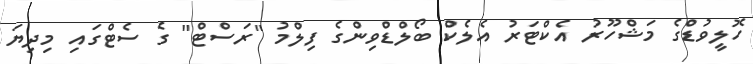
ހޮލީވުޑްގެ މަޝްހޫރު އެކްޓަރު އެލެކް ބޯލްޑްވިންގެ ފިލްމު "ރަސްޓް" ގެ ސެޓްގައި މިދިޔަ